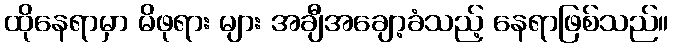
ထိုနေရာမှာ မိဖုရား များ အချီအချော့ခံသည့် နေရာဖြစ်သည်။